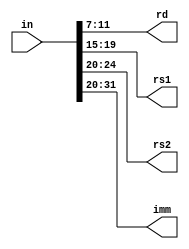
module instructionDecoder(in,rd, rs1,rs2,imm);


input [31:0]in;

output [4:0]rd;
output [4:0]rs1;
output [4:0]rs2;
output [11:0]imm;

assign rd=in[11:7];
assign rs1=in[19:15];
assign rs2=in[24:20];
assign imm=in[31:20];

endmodule